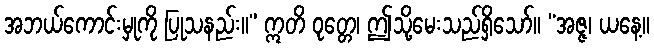
အဘယ်ကောင်းမှုကို ပြုသနည်း။” ဣတိ ဝုတ္တေ၊ ဤသို့မေးသည်ရှိသော်။ “အဇ္ဇ၊ ယနေ့။